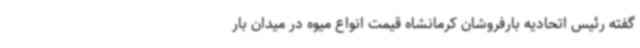
گفته رئیس اتحادیه بارفروشان کرمانشاه قیمت انواع میوه در میدان بار